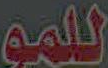
للمم